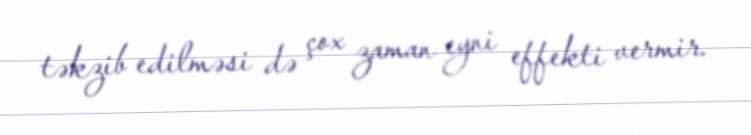
təkzib edilməsi də çox zaman eyni effekti vermir.